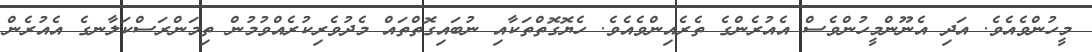
މީހުންވެއެވެ. އަދި އެނޫންމީހުންވެސް އެއުރެންގެ ތެރެއިންވެއެވެ. ހެޔޮގޮތްތަކާއި ނުބައިގޮތްތައް މެދުވެރިކުރެއްވުމުން ތިމަންރަސްކަލާނގެ އެއުރެން